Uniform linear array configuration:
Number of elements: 8
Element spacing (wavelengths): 0.75
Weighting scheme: exponential
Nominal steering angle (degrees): -60
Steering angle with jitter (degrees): -58.502
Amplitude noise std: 0.05
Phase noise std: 0.05

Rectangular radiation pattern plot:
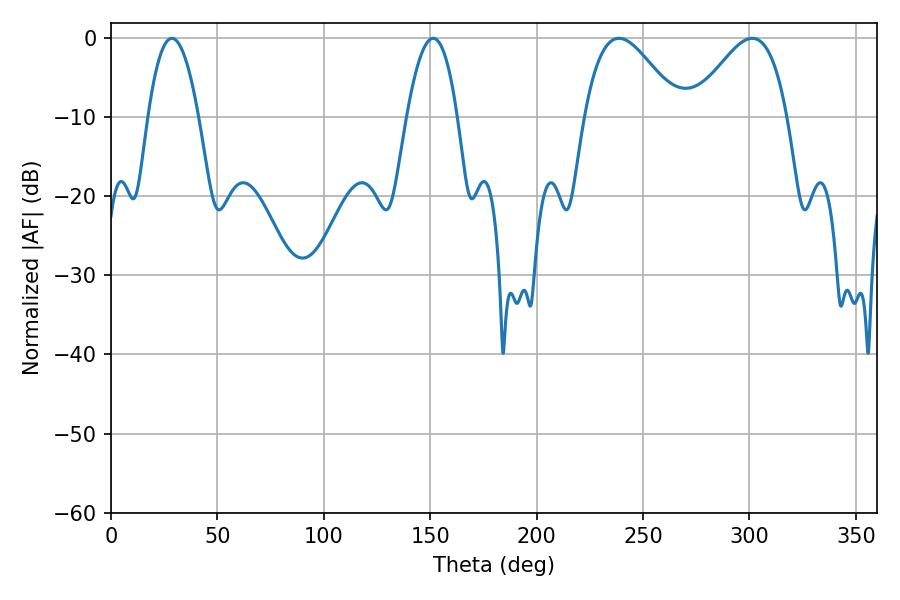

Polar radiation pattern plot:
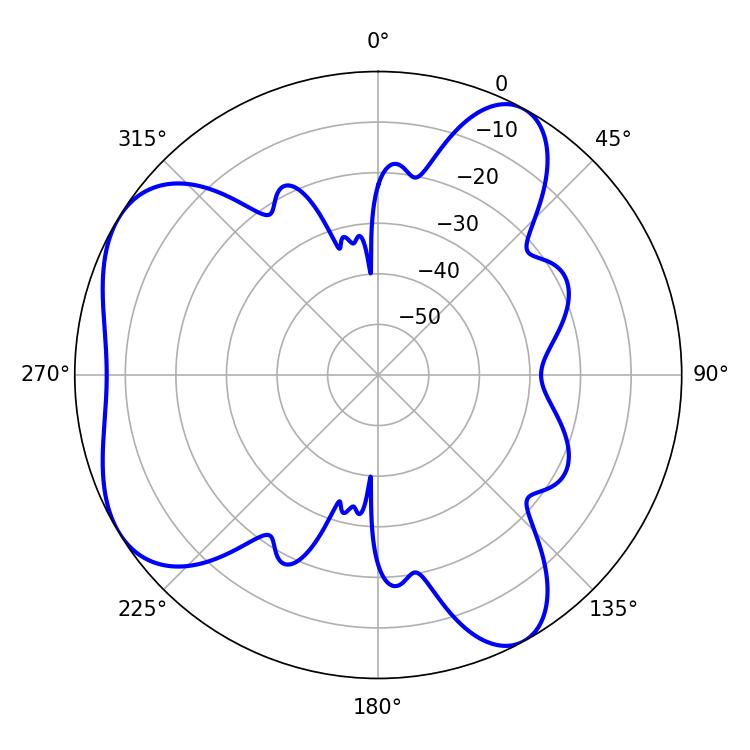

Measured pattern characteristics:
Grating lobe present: TRUE
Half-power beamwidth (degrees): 12.96
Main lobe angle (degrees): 28.62